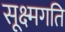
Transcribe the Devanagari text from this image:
सूक्ष्‍मगति